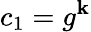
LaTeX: c_{1}=g^{\mathbf{k}}